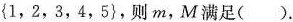
{1，2，3，4，5}，则m，M满足（）.